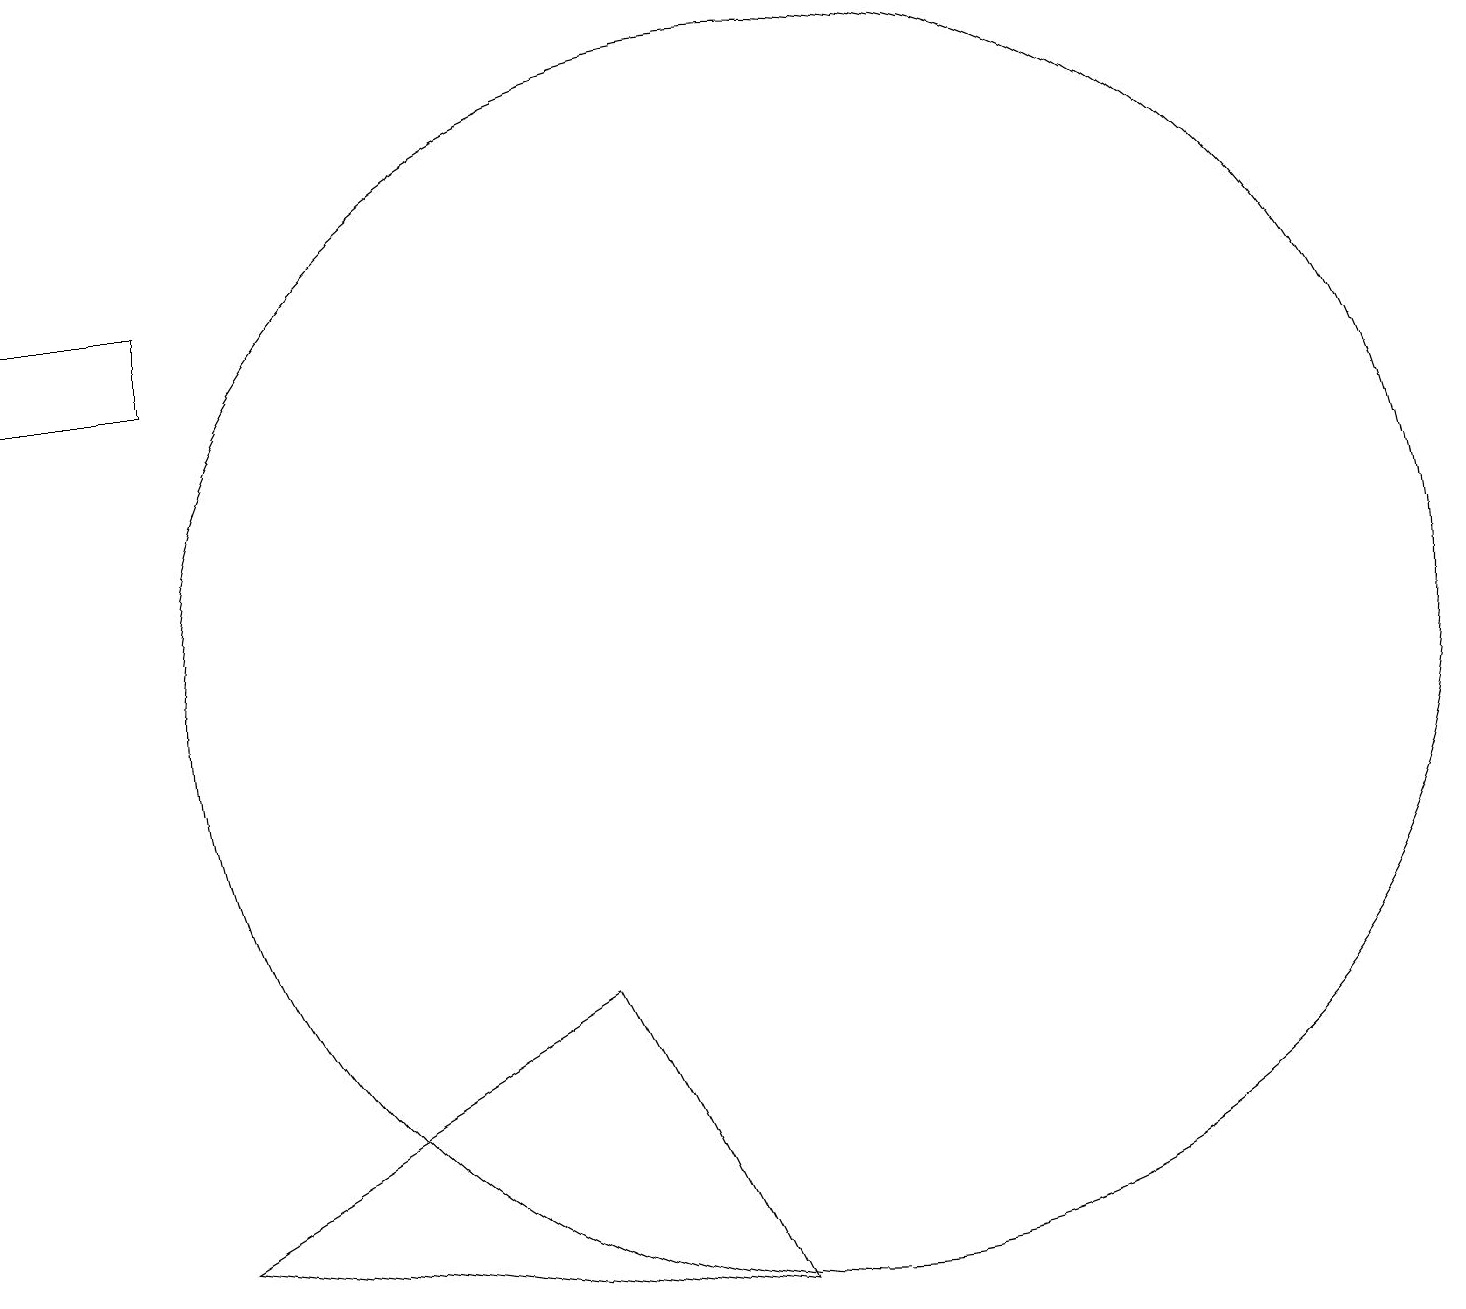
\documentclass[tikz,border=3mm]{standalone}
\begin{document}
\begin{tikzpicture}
\draw (0,14) rectangle (2,15);
\draw (10,10) circle (8);
\draw (7,6) -- (9,2) -- (2,3) -- cycle;
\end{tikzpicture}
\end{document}